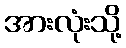
အားလုံးသို့